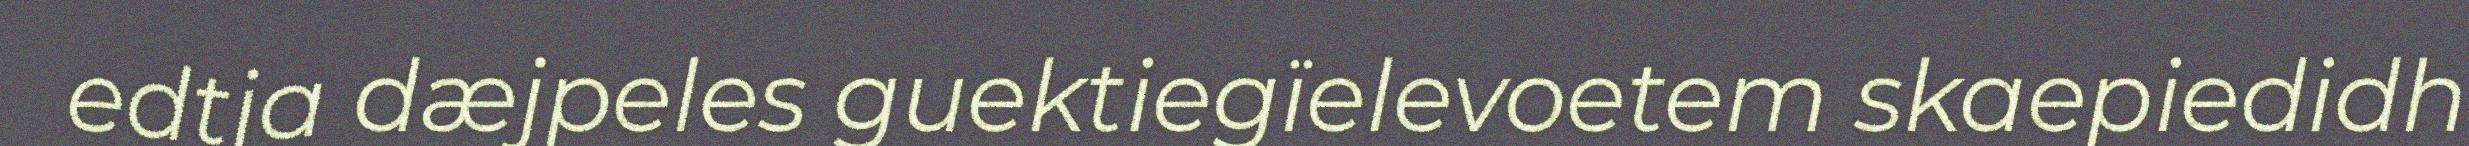
edtja dæjpeles guektiegïelevoetem skaepiedidh